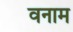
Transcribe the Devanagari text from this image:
वनाम